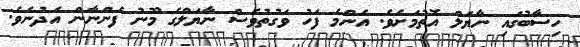
ހިސާބުގައި ނާޔަލް އޮތުމަށެވެ. އެންމެ ފަހު ވަގުތުވެސް ނާޔަލްގެ މޫނު ފެންނާން އެދުނެވެ.